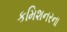
કમિશનરના